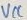
Text: VCC